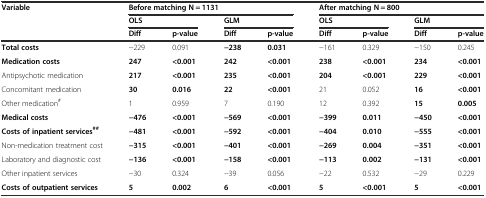
<table><thead><tr><td rowspan="3"><b>Variable</b></td><td colspan="4"><b>Before matching N = 1131</b></td><td colspan="4"><b>After matching N = 800</b></td></tr><tr><td colspan="2"><b>OLS</b></td><td colspan="2"><b>GLM</b></td><td colspan="2"><b>OLS</b></td><td colspan="2"><b>GLM</b></td></tr><tr><td><b>Diff</b></td><td><b>p-value</b></td><td><b>Diff</b></td><td><b>p-value</b></td><td><b>Diff</b></td><td><b>p-value</b></td><td><b>Diff</b></td><td><b>p-value</b></td></tr></thead><tbody><tr><td><b>Total costs</b></td><td>−229</td><td>0.091</td><td><b>−238</b></td><td><b>0.031</b></td><td>−161</td><td>0.329</td><td>−150</td><td>0.245</td></tr><tr><td><b>Medication costs</b></td><td><b>247</b></td><td><b>&lt;0.001</b></td><td><b>242</b></td><td><b>&lt;0.001</b></td><td><b>238</b></td><td><b>&lt;0.001</b></td><td><b>234</b></td><td><b>&lt;0.001</b></td></tr><tr><td>Antipsychotic medication</td><td><b>217</b></td><td><b>&lt;0.001</b></td><td><b>235</b></td><td><b>&lt;0.001</b></td><td><b>204</b></td><td><b>&lt;0.001</b></td><td><b>229</b></td><td><b>&lt;0.001</b></td></tr><tr><td>Concomitant medication</td><td><b>30</b></td><td><b>0.016</b></td><td><b>22</b></td><td><b>&lt;0.001</b></td><td>21</td><td>0.052</td><td><b>16</b></td><td><b>&lt;0.001</b></td></tr><tr><td>Other medication<sup>#</sup></td><td>1</td><td>0.959</td><td>7</td><td>0.190</td><td>12</td><td>0.392</td><td><b>15</b></td><td><b>0.005</b></td></tr><tr><td><b>Medical costs</b></td><td><b>−476</b></td><td><b>&lt;0.001</b></td><td><b>−569</b></td><td><b>&lt;0.001</b></td><td><b>−399</b></td><td><b>0.011</b></td><td><b>−450</b></td><td><b>&lt;0.001</b></td></tr><tr><td><b>Costs of inpatient services</b><sup><b>##</b></sup></td><td><b>−481</b></td><td><b>&lt;0.001</b></td><td><b>−592</b></td><td><b>&lt;0.001</b></td><td><b>−404</b></td><td><b>0.010</b></td><td><b>−555</b></td><td><b>&lt;0.001</b></td></tr><tr><td>Non-medication treatment cost</td><td><b>−315</b></td><td><b>&lt;0.001</b></td><td><b>−401</b></td><td><b>&lt;0.001</b></td><td><b>−269</b></td><td><b>0.004</b></td><td><b>−351</b></td><td><b>&lt;0.001</b></td></tr><tr><td>Laboratory and diagnostic cost</td><td><b>−136</b></td><td><b>&lt;0.001</b></td><td><b>−158</b></td><td><b>&lt;0.001</b></td><td><b>−113</b></td><td><b>0.002</b></td><td><b>−131</b></td><td><b>&lt;0.001</b></td></tr><tr><td>Other inpatient services</td><td>−30</td><td>0.324</td><td>−39</td><td>0.056</td><td>−22</td><td>0.532</td><td>−29</td><td>0.229</td></tr><tr><td><b>Costs of outpatient services</b></td><td><b>5</b></td><td><b>0.002</b></td><td><b>6</b></td><td><b>&lt;0.001</b></td><td><b>5</b></td><td><b>&lt;0.001</b></td><td><b>5</b></td><td><b>&lt;0.001</b></td></tr></tbody></table>